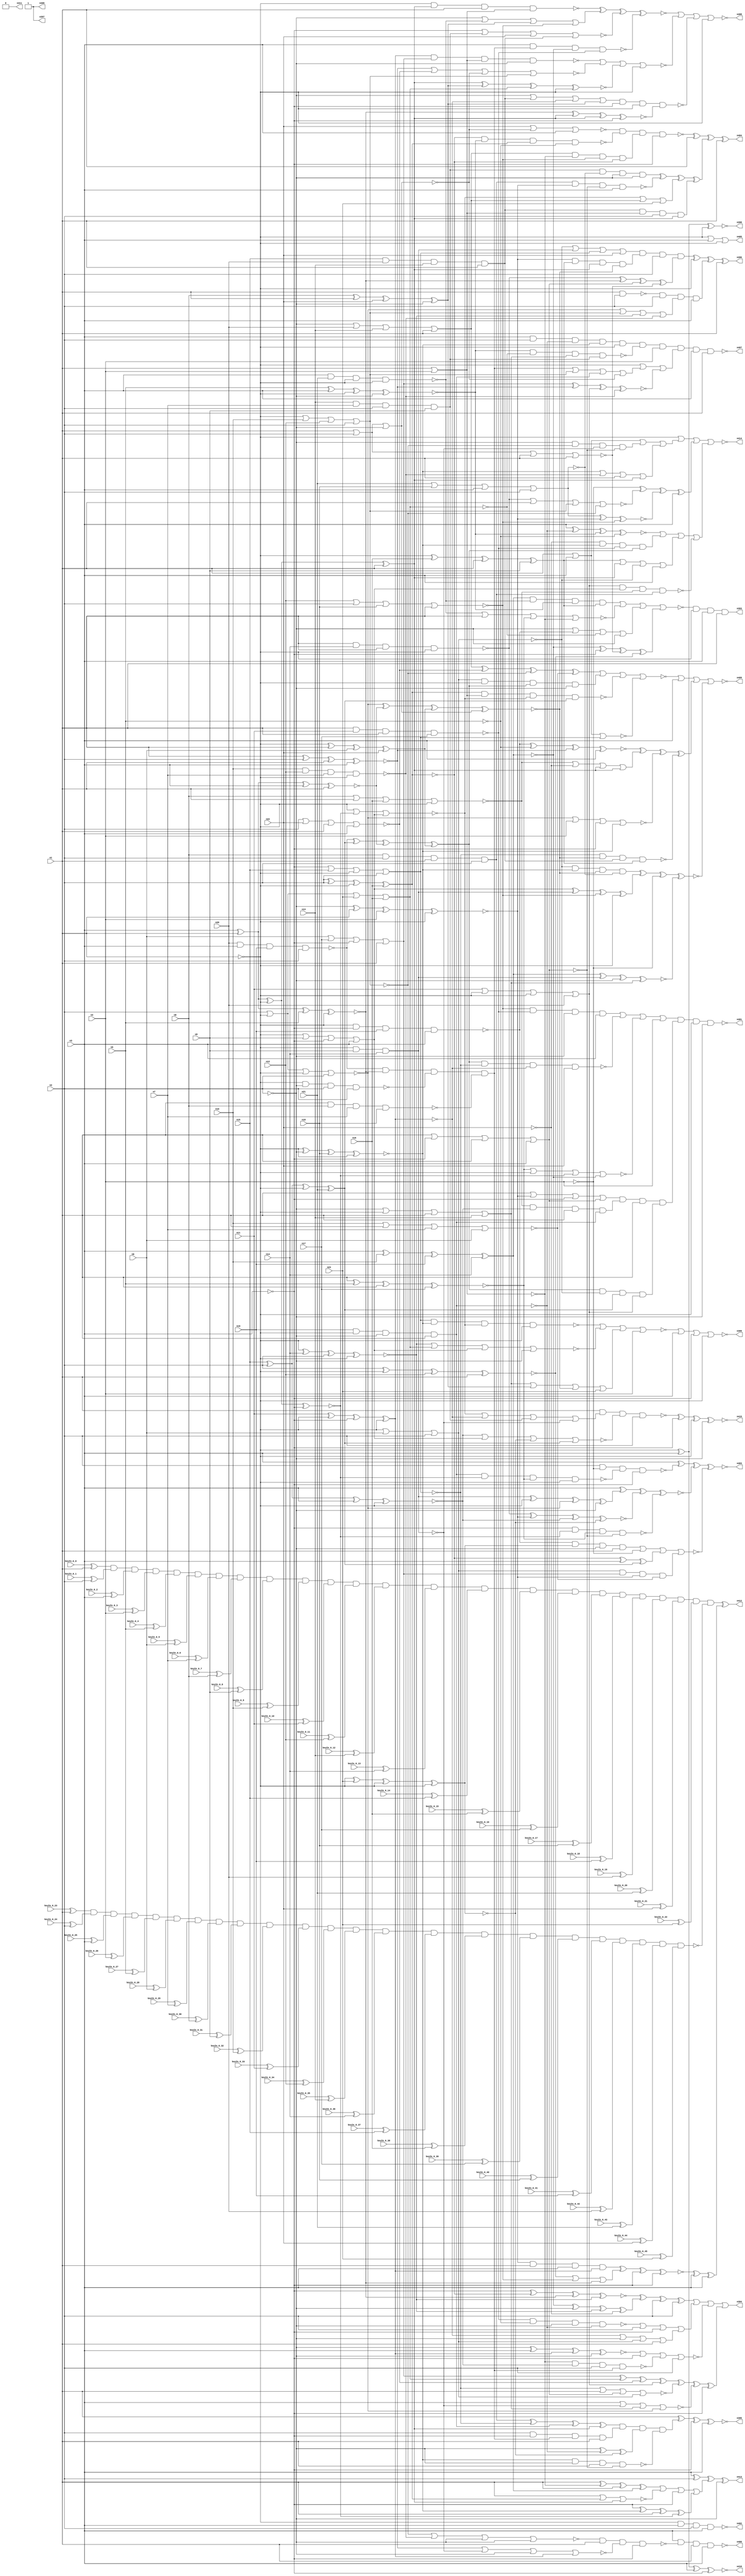


module Stat_392_937
(
  n1,
  n2,
  n3,
  n4,
  n5,
  n6,
  n7,
  n8,
  n9,
  n10,
  n11,
  n12,
  n13,
  n14,
  n15,
  n16,
  n17,
  n18,
  n19,
  n20,
  n21,
  n22,
  n23,
  n399,
  n403,
  n395,
  n396,
  n408,
  n397,
  n414,
  n405,
  n410,
  n398,
  n411,
  n413,
  n407,
  n400,
  n393,
  n409,
  n402,
  n415,
  n404,
  n401,
  n394,
  n412,
  n406,
  keyIn_0_0,
  keyIn_0_1,
  keyIn_0_2,
  keyIn_0_3,
  keyIn_0_4,
  keyIn_0_5,
  keyIn_0_6,
  keyIn_0_7,
  keyIn_0_8,
  keyIn_0_9,
  keyIn_0_10,
  keyIn_0_11,
  keyIn_0_12,
  keyIn_0_13,
  keyIn_0_14,
  keyIn_0_15,
  keyIn_0_16,
  keyIn_0_17,
  keyIn_0_18,
  keyIn_0_19,
  keyIn_0_20,
  keyIn_0_21,
  keyIn_0_22,
  keyIn_0_23,
  keyIn_0_24,
  keyIn_0_25,
  keyIn_0_26,
  keyIn_0_27,
  keyIn_0_28,
  keyIn_0_29,
  keyIn_0_30,
  keyIn_0_31,
  keyIn_0_32,
  keyIn_0_33,
  keyIn_0_34,
  keyIn_0_35,
  keyIn_0_36,
  keyIn_0_37,
  keyIn_0_38,
  keyIn_0_39,
  keyIn_0_40,
  keyIn_0_41,
  keyIn_0_42,
  keyIn_0_43,
  keyIn_0_44,
  keyIn_0_45
);

  input n1;input n2;input n3;input n4;input n5;input n6;input n7;input n8;input n9;input n10;input n11;input n12;input n13;input n14;input n15;input n16;input n17;input n18;input n19;input n20;input n21;input n22;input n23;input keyIn_0_0;input keyIn_0_1;input keyIn_0_2;input keyIn_0_3;input keyIn_0_4;input keyIn_0_5;input keyIn_0_6;input keyIn_0_7;input keyIn_0_8;input keyIn_0_9;input keyIn_0_10;input keyIn_0_11;input keyIn_0_12;input keyIn_0_13;input keyIn_0_14;input keyIn_0_15;input keyIn_0_16;input keyIn_0_17;input keyIn_0_18;input keyIn_0_19;input keyIn_0_20;input keyIn_0_21;input keyIn_0_22;input keyIn_0_23;input keyIn_0_24;input keyIn_0_25;input keyIn_0_26;input keyIn_0_27;input keyIn_0_28;input keyIn_0_29;input keyIn_0_30;input keyIn_0_31;input keyIn_0_32;input keyIn_0_33;input keyIn_0_34;input keyIn_0_35;input keyIn_0_36;input keyIn_0_37;input keyIn_0_38;input keyIn_0_39;input keyIn_0_40;input keyIn_0_41;input keyIn_0_42;input keyIn_0_43;input keyIn_0_44;input keyIn_0_45;
  output n399;output n403;output n395;output n396;output n408;output n397;output n414;output n405;output n410;output n398;output n411;output n413;output n407;output n400;output n393;output n409;output n402;output n415;output n404;output n401;output n394;output n412;output n406;
  wire n24;wire n25;wire n26;wire n27;wire n28;wire n29;wire n30;wire n31;wire n32;wire n33;wire n34;wire n35;wire n36;wire n37;wire n38;wire n39;wire n40;wire n41;wire n42;wire n43;wire n44;wire n45;wire n46;wire n47;wire n48;wire n49;wire n50;wire n51;wire n52;wire n53;wire n54;wire n55;wire n56;wire n57;wire n58;wire n59;wire n60;wire n61;wire n62;wire n63;wire n64;wire n65;wire n66;wire n67;wire n68;wire n69;wire n70;wire n71;wire n72;wire n73;wire n74;wire n75;wire n76;wire n77;wire n78;wire n79;wire n80;wire n81;wire n82;wire n83;wire n84;wire n85;wire n86;wire n87;wire n88;wire n89;wire n90;wire n91;wire n92;wire n93;wire n94;wire n95;wire n96;wire n97;wire n98;wire n99;wire n100;wire n101;wire n102;wire n103;wire n104;wire n105;wire n106;wire n107;wire n108;wire n109;wire n110;wire n111;wire n112;wire n113;wire n114;wire n115;wire n116;wire n117;wire n118;wire n119;wire n120;wire n121;wire n122;wire n123;wire n124;wire n125;wire n126;wire n127;wire n128;wire n129;wire n130;wire n131;wire n132;wire n133;wire n134;wire n135;wire n136;wire n137;wire n138;wire n139;wire n140;wire n141;wire n142;wire n143;wire n144;wire n145;wire n146;wire n147;wire n148;wire n149;wire n150;wire n151;wire n152;wire n153;wire n154;wire n155;wire n156;wire n157;wire n158;wire n159;wire n160;wire n161;wire n162;wire n163;wire n164;wire n165;wire n166;wire n167;wire n168;wire n169;wire n170;wire n171;wire n172;wire n173;wire n174;wire n175;wire n176;wire n177;wire n178;wire n179;wire n180;wire n181;wire n182;wire n183;wire n184;wire n185;wire n186;wire n187;wire n188;wire n189;wire n190;wire n191;wire n192;wire n193;wire n194;wire n195;wire n196;wire n197;wire n198;wire n199;wire n200;wire n201;wire n202;wire n203;wire n204;wire n205;wire n206;wire n207;wire n208;wire n209;wire n210;wire n211;wire n212;wire n213;wire n214;wire n215;wire n216;wire n217;wire n218;wire n219;wire n220;wire n221;wire n222;wire n223;wire n224;wire n225;wire n226;wire n227;wire n228;wire n229;wire n230;wire n231;wire n232;wire n233;wire n234;wire n235;wire n236;wire n237;wire n238;wire n239;wire n240;wire n241;wire n242;wire n243;wire n244;wire n245;wire n246;wire n247;wire n248;wire n249;wire n250;wire n251;wire n252;wire n253;wire n254;wire n255;wire n256;wire n257;wire n258;wire n259;wire n260;wire n261;wire n262;wire n263;wire n264;wire n265;wire n266;wire n267;wire n268;wire n269;wire n270;wire n271;wire n272;wire n273;wire n274;wire n275;wire n276;wire n277;wire n278;wire n279;wire n280;wire n281;wire n282;wire n283;wire n284;wire n285;wire n286;wire n287;wire n288;wire n289;wire n290;wire n291;wire n292;wire n293;wire n294;wire n295;wire n296;wire n297;wire n298;wire n299;wire n300;wire n301;wire n302;wire n303;wire n304;wire n305;wire n306;wire n307;wire n308;wire n309;wire n310;wire n311;wire n312;wire n313;wire n314;wire n315;wire n316;wire n317;wire n318;wire n319;wire n320;wire n321;wire n322;wire n323;wire n324;wire n325;wire n326;wire n327;wire n328;wire n329;wire n330;wire n331;wire n332;wire n333;wire n334;wire n335;wire n336;wire n337;wire n338;wire n339;wire n340;wire n341;wire n342;wire n343;wire n344;wire n345;wire n346;wire n347;wire n348;wire n349;wire n350;wire n351;wire n352;wire n353;wire n354;wire n355;wire n356;wire n357;wire n358;wire n359;wire n360;wire n361;wire n362;wire n363;wire n364;wire n365;wire n366;wire n367;wire n368;wire n369;wire n370;wire n371;wire n372;wire n373;wire n374;wire n375;wire n376;wire n377;wire n378;wire n379;wire n380;wire n381;wire n382;wire n383;wire n384;wire n385;wire n386;wire n387;wire n388;wire n389;wire n390;wire n391;wire n392;wire g_input_0_0;wire gbar_input_0_0;wire g_input_0_1;wire gbar_input_0_1;wire g_input_0_2;wire gbar_input_0_2;wire g_input_0_3;wire gbar_input_0_3;wire g_input_0_4;wire gbar_input_0_4;wire g_input_0_5;wire gbar_input_0_5;wire g_input_0_6;wire gbar_input_0_6;wire g_input_0_7;wire gbar_input_0_7;wire g_input_0_8;wire gbar_input_0_8;wire g_input_0_9;wire gbar_input_0_9;wire g_input_0_10;wire gbar_input_0_10;wire g_input_0_11;wire gbar_input_0_11;wire g_input_0_12;wire gbar_input_0_12;wire g_input_0_13;wire gbar_input_0_13;wire g_input_0_14;wire gbar_input_0_14;wire g_input_0_15;wire gbar_input_0_15;wire g_input_0_16;wire gbar_input_0_16;wire g_input_0_17;wire gbar_input_0_17;wire g_input_0_18;wire gbar_input_0_18;wire g_input_0_19;wire gbar_input_0_19;wire g_input_0_20;wire gbar_input_0_20;wire g_input_0_21;wire gbar_input_0_21;wire g_input_0_22;wire gbar_input_0_22;wire f_g_wire;wire f_gbar_wire;wire AntiSAT_output;

  not
  g0
  (
    n24,
    n1
  );


  not
  g1
  (
    n37,
    n4
  );


  not
  g2
  (
    n29,
    n2
  );


  not
  g3
  (
    n33,
    n2
  );


  buf
  g4
  (
    n25,
    n1
  );


  not
  g5
  (
    n30,
    n1
  );


  not
  g6
  (
    n36,
    n3
  );


  not
  g7
  (
    n26,
    n3
  );


  not
  g8
  (
    n32,
    n2
  );


  buf
  g9
  (
    n35,
    n4
  );


  buf
  g10
  (
    n34,
    n1
  );


  buf
  g11
  (
    n31,
    n3
  );


  buf
  g12
  (
    n27,
    n2
  );


  not
  g13
  (
    n28,
    n3
  );


  not
  g14
  (
    n50,
    n24
  );


  buf
  g15
  (
    n41,
    n29
  );


  buf
  g16
  (
    n59,
    n28
  );


  buf
  g17
  (
    n55,
    n27
  );


  buf
  g18
  (
    n42,
    n26
  );


  buf
  g19
  (
    n43,
    n25
  );


  buf
  g20
  (
    n48,
    n26
  );


  not
  g21
  (
    n58,
    n24
  );


  buf
  g22
  (
    n52,
    n29
  );


  buf
  g23
  (
    n57,
    n27
  );


  buf
  g24
  (
    n39,
    n24
  );


  buf
  g25
  (
    n46,
    n27
  );


  not
  g26
  (
    n44,
    n25
  );


  buf
  g27
  (
    n40,
    n24
  );


  buf
  g28
  (
    n45,
    n30
  );


  not
  g29
  (
    n38,
    n27
  );


  not
  g30
  (
    n53,
    n26
  );


  buf
  g31
  (
    n60,
    n25
  );


  buf
  g32
  (
    n56,
    n28
  );


  buf
  g33
  (
    n51,
    n29
  );


  not
  g34
  (
    n54,
    n26
  );


  not
  g35
  (
    n47,
    n28
  );


  buf
  g36
  (
    n61,
    n28
  );


  not
  g37
  (
    n62,
    n25
  );


  not
  g38
  (
    n49,
    n29
  );


  not
  g39
  (
    n75,
    n39
  );


  buf
  g40
  (
    n68,
    n45
  );


  not
  g41
  (
    n83,
    n40
  );


  not
  g42
  (
    n78,
    n41
  );


  buf
  g43
  (
    n73,
    n42
  );


  buf
  g44
  (
    n79,
    n46
  );


  buf
  g45
  (
    n66,
    n39
  );


  buf
  g46
  (
    n65,
    n38
  );


  not
  g47
  (
    n80,
    n42
  );


  buf
  g48
  (
    n76,
    n48
  );


  not
  g49
  (
    n64,
    n47
  );


  not
  g50
  (
    n71,
    n46
  );


  buf
  g51
  (
    n77,
    n45
  );


  not
  g52
  (
    n69,
    n43
  );


  not
  g53
  (
    n72,
    n43
  );


  buf
  g54
  (
    n70,
    n41
  );


  not
  g55
  (
    n82,
    n47
  );


  buf
  g56
  (
    n67,
    n44
  );


  buf
  g57
  (
    n74,
    n44
  );


  buf
  g58
  (
    n81,
    n48
  );


  not
  g59
  (
    n63,
    n40
  );


  buf
  g60
  (
    n105,
    n71
  );


  buf
  g61
  (
    n136,
    n63
  );


  not
  g62
  (
    n107,
    n70
  );


  buf
  g63
  (
    n93,
    n65
  );


  buf
  g64
  (
    n91,
    n63
  );


  buf
  g65
  (
    n114,
    n75
  );


  not
  g66
  (
    n87,
    n76
  );


  buf
  g67
  (
    n96,
    n69
  );


  not
  g68
  (
    n89,
    n68
  );


  not
  g69
  (
    n110,
    n68
  );


  not
  g70
  (
    n137,
    n71
  );


  not
  g71
  (
    n104,
    n74
  );


  not
  g72
  (
    n102,
    n64
  );


  not
  g73
  (
    n113,
    n65
  );


  buf
  g74
  (
    n116,
    n73
  );


  buf
  g75
  (
    n126,
    n66
  );


  not
  g76
  (
    n106,
    n67
  );


  not
  g77
  (
    n88,
    n70
  );


  buf
  g78
  (
    n123,
    n75
  );


  buf
  g79
  (
    n86,
    n70
  );


  buf
  g80
  (
    n98,
    n69
  );


  buf
  g81
  (
    n109,
    n74
  );


  not
  g82
  (
    n131,
    n69
  );


  buf
  g83
  (
    n128,
    n66
  );


  not
  g84
  (
    n135,
    n75
  );


  not
  g85
  (
    n118,
    n63
  );


  not
  g86
  (
    n108,
    n72
  );


  buf
  g87
  (
    n115,
    n72
  );


  not
  g88
  (
    n85,
    n74
  );


  buf
  g89
  (
    n99,
    n74
  );


  not
  g90
  (
    n133,
    n64
  );


  not
  g91
  (
    n117,
    n63
  );


  not
  g92
  (
    n125,
    n76
  );


  not
  g93
  (
    n132,
    n72
  );


  buf
  g94
  (
    n122,
    n69
  );


  buf
  g95
  (
    n95,
    n72
  );


  not
  g96
  (
    n134,
    n73
  );


  buf
  g97
  (
    n121,
    n75
  );


  buf
  g98
  (
    n97,
    n67
  );


  not
  g99
  (
    n101,
    n70
  );


  not
  g100
  (
    n90,
    n71
  );


  buf
  g101
  (
    n103,
    n67
  );


  buf
  g102
  (
    n130,
    n76
  );


  not
  g103
  (
    n111,
    n68
  );


  buf
  g104
  (
    n139,
    n65
  );


  buf
  g105
  (
    n129,
    n67
  );


  not
  g106
  (
    n127,
    n73
  );


  not
  g107
  (
    n120,
    n71
  );


  buf
  g108
  (
    n84,
    n68
  );


  not
  g109
  (
    n92,
    n73
  );


  buf
  g110
  (
    n119,
    n66
  );


  not
  g111
  (
    n112,
    n66
  );


  not
  g112
  (
    n94,
    n76
  );


  not
  g113
  (
    n100,
    n65
  );


  not
  g114
  (
    n138,
    n64
  );


  buf
  g115
  (
    n124,
    n64
  );


  not
  g116
  (
    n199,
    n116
  );


  not
  g117
  (
    n183,
    n96
  );


  not
  g118
  (
    n181,
    n111
  );


  not
  g119
  (
    n155,
    n22
  );


  not
  g120
  (
    n141,
    n84
  );


  buf
  g121
  (
    n158,
    n125
  );


  buf
  g122
  (
    n178,
    n86
  );


  not
  g123
  (
    n184,
    n101
  );


  not
  g124
  (
    n210,
    n5
  );


  not
  g125
  (
    n145,
    n112
  );


  not
  g126
  (
    n186,
    n100
  );


  buf
  g127
  (
    n177,
    n118
  );


  not
  g128
  (
    n148,
    n90
  );


  not
  g129
  (
    n195,
    n115
  );


  and
  g130
  (
    n176,
    n95,
    n112,
    n11,
    n86
  );


  nor
  g131
  (
    n206,
    n120,
    n22,
    n121,
    n92
  );


  nor
  g132
  (
    n157,
    n110,
    n116,
    n106,
    n92
  );


  xnor
  g133
  (
    n191,
    n84,
    n14,
    n113,
    n115
  );


  nor
  g134
  (
    n179,
    n85,
    n113,
    n104,
    n110
  );


  nor
  g135
  (
    n156,
    n12,
    n120,
    n18,
    n104
  );


  nor
  g136
  (
    n162,
    n115,
    n10,
    n12,
    n101
  );


  nand
  g137
  (
    n147,
    n119,
    n93,
    n90,
    n100
  );


  nand
  g138
  (
    n182,
    n102,
    n21,
    n119,
    n118
  );


  xnor
  g139
  (
    n154,
    n125,
    n114,
    n5,
    n97
  );


  xor
  g140
  (
    n149,
    n15,
    n113,
    n122,
    n21
  );


  nand
  g141
  (
    n205,
    n10,
    n12,
    n7,
    n95
  );


  xnor
  g142
  (
    n173,
    n87,
    n10,
    n19,
    n14
  );


  xnor
  g143
  (
    n172,
    n98,
    n86,
    n18,
    n95
  );


  xnor
  g144
  (
    n152,
    n85,
    n102,
    n98,
    n124
  );


  or
  g145
  (
    n194,
    n93,
    n20,
    n13,
    n89
  );


  xnor
  g146
  (
    n207,
    n5,
    n94,
    n95,
    n86
  );


  nand
  g147
  (
    n203,
    n123,
    n14,
    n104,
    n119
  );


  xor
  g148
  (
    n165,
    n11,
    n122,
    n124,
    n109
  );


  xor
  g149
  (
    n200,
    n8,
    n104,
    n22,
    n93
  );


  nor
  g150
  (
    n174,
    n90,
    n119,
    n109,
    n107
  );


  nor
  g151
  (
    n167,
    n121,
    n85,
    n108,
    n4
  );


  xor
  g152
  (
    n202,
    n106,
    n102,
    n96,
    n89
  );


  or
  g153
  (
    n185,
    n6,
    n17,
    n124,
    n111
  );


  xnor
  g154
  (
    n159,
    n114,
    n102,
    n92,
    n108
  );


  or
  g155
  (
    n196,
    n121,
    n84,
    n93,
    n17
  );


  nor
  g156
  (
    n198,
    n21,
    n18,
    n94,
    n88
  );


  xor
  g157
  (
    n169,
    n117,
    n112,
    n6,
    n22
  );


  nand
  g158
  (
    n146,
    n8,
    n88,
    n106,
    n107
  );


  nor
  g159
  (
    n144,
    n105,
    n96,
    n111,
    n13
  );


  xnor
  g160
  (
    n201,
    n88,
    n15,
    n87,
    n97
  );


  xor
  g161
  (
    n175,
    n113,
    n120,
    n122,
    n16
  );


  nand
  g162
  (
    n142,
    n108,
    n8,
    n7,
    n18
  );


  xnor
  g163
  (
    n153,
    n111,
    n94,
    n96,
    n91
  );


  and
  g164
  (
    n190,
    n13,
    n7,
    n100,
    n9
  );


  nor
  g165
  (
    n150,
    n84,
    n109,
    n6,
    n100
  );


  xnor
  g166
  (
    n197,
    n91,
    n5,
    n121,
    n17
  );


  and
  g167
  (
    n192,
    n123,
    n99,
    n98,
    n21
  );


  or
  g168
  (
    n168,
    n124,
    n15,
    n103,
    n90
  );


  nor
  g169
  (
    n204,
    n8,
    n108,
    n16,
    n103
  );


  and
  g170
  (
    n143,
    n15,
    n20,
    n13,
    n114
  );


  nand
  g171
  (
    n160,
    n20,
    n94,
    n19,
    n120
  );


  nand
  g172
  (
    n193,
    n91,
    n11,
    n110,
    n17
  );


  xor
  g173
  (
    n208,
    n122,
    n16,
    n106,
    n9
  );


  xnor
  g174
  (
    n189,
    n107,
    n97,
    n12,
    n89
  );


  nor
  g175
  (
    n166,
    n101,
    n99,
    n23,
    n16
  );


  or
  g176
  (
    n171,
    n117,
    n9,
    n116,
    n92
  );


  or
  g177
  (
    n161,
    n114,
    n123,
    n101,
    n105
  );


  and
  g178
  (
    n151,
    n19,
    n118,
    n105,
    n112
  );


  and
  g179
  (
    n163,
    n103,
    n118,
    n9,
    n14
  );


  nand
  g180
  (
    n209,
    n117,
    n116,
    n19,
    n87
  );


  xnor
  g181
  (
    n187,
    n110,
    n88,
    n91,
    n87
  );


  nor
  g182
  (
    n180,
    n10,
    n89,
    n7,
    n6
  );


  xnor
  g183
  (
    n170,
    n109,
    n23,
    n115,
    n117
  );


  or
  g184
  (
    n188,
    n11,
    n103,
    n99,
    n20
  );


  nor
  g185
  (
    n140,
    n98,
    n85,
    n97,
    n107
  );


  xor
  g186
  (
    n164,
    n105,
    n123,
    n4,
    n99
  );


  buf
  g187
  (
    n259,
    n162
  );


  not
  g188
  (
    n223,
    n158
  );


  buf
  g189
  (
    n219,
    n156
  );


  not
  g190
  (
    n231,
    n153
  );


  not
  g191
  (
    n220,
    n166
  );


  not
  g192
  (
    n255,
    n153
  );


  not
  g193
  (
    n243,
    n164
  );


  buf
  g194
  (
    n237,
    n156
  );


  not
  g195
  (
    n236,
    n165
  );


  not
  g196
  (
    n214,
    n151
  );


  not
  g197
  (
    n215,
    n163
  );


  not
  g198
  (
    n252,
    n144
  );


  buf
  g199
  (
    n249,
    n171
  );


  buf
  g200
  (
    n253,
    n174
  );


  buf
  g201
  (
    n212,
    n167
  );


  not
  g202
  (
    n230,
    n168
  );


  buf
  g203
  (
    n225,
    n150
  );


  buf
  g204
  (
    n216,
    n172
  );


  buf
  g205
  (
    n261,
    n157
  );


  not
  g206
  (
    n222,
    n162
  );


  buf
  g207
  (
    n227,
    n152
  );


  not
  g208
  (
    n257,
    n164
  );


  not
  g209
  (
    n256,
    n155
  );


  buf
  g210
  (
    n260,
    n166
  );


  buf
  g211
  (
    n244,
    n170
  );


  buf
  g212
  (
    n213,
    n168
  );


  buf
  g213
  (
    n238,
    n165
  );


  buf
  g214
  (
    n258,
    n163
  );


  not
  g215
  (
    n226,
    n167
  );


  not
  g216
  (
    n228,
    n150
  );


  not
  g217
  (
    n248,
    n157
  );


  not
  g218
  (
    n232,
    n161
  );


  buf
  g219
  (
    n239,
    n148
  );


  buf
  g220
  (
    n240,
    n155
  );


  buf
  g221
  (
    n224,
    n149
  );


  buf
  g222
  (
    n221,
    n154
  );


  buf
  g223
  (
    n241,
    n175
  );


  buf
  g224
  (
    n229,
    n151
  );


  not
  g225
  (
    n235,
    n175
  );


  not
  g226
  (
    n211,
    n170
  );


  buf
  g227
  (
    n246,
    n176
  );


  buf
  g228
  (
    n254,
    n141
  );


  buf
  g229
  (
    n217,
    n158
  );


  buf
  g230
  (
    n262,
    n143
  );


  buf
  g231
  (
    n247,
    n172
  );


  not
  g232
  (
    n251,
    n173
  );


  not
  g233
  (
    n245,
    n146
  );


  buf
  g234
  (
    n242,
    n173
  );


  xnor
  g235
  (
    n233,
    n174,
    n159,
    n169,
    n161
  );


  xor
  g236
  (
    n218,
    n160,
    n149,
    n159,
    n169
  );


  and
  g237
  (
    n250,
    n160,
    n154,
    n147,
    n142
  );


  nor
  g238
  (
    n234,
    n145,
    n152,
    n140,
    n171
  );


  or
  g239
  (
    n315,
    n208,
    n202,
    n225,
    n199
  );


  nand
  g240
  (
    n299,
    n229,
    n227,
    n197,
    n177
  );


  and
  g241
  (
    n331,
    n204,
    n201,
    n254,
    n229
  );


  or
  g242
  (
    n302,
    n204,
    n240,
    n202,
    n255
  );


  nand
  g243
  (
    n274,
    n207,
    n260,
    n252,
    n190
  );


  nand
  g244
  (
    n319,
    n218,
    n230,
    n236,
    n256
  );


  nor
  g245
  (
    n291,
    n183,
    n241,
    n255,
    n246
  );


  nor
  g246
  (
    n306,
    n199,
    n215,
    n252,
    n253
  );


  xor
  g247
  (
    n280,
    n194,
    n206,
    n259,
    n180
  );


  or
  g248
  (
    n344,
    n33,
    n182,
    n200,
    n219
  );


  and
  g249
  (
    n263,
    n228,
    n185,
    n243,
    n180
  );


  nand
  g250
  (
    n296,
    n254,
    n254,
    n49,
    n196
  );


  or
  g251
  (
    n316,
    n225,
    n258,
    n213,
    n256
  );


  nor
  g252
  (
    n339,
    n203,
    n58,
    n222,
    n259
  );


  xor
  g253
  (
    n286,
    n235,
    n217,
    n176,
    n224
  );


  nand
  g254
  (
    n295,
    n230,
    n233,
    n262,
    n208
  );


  xor
  g255
  (
    n334,
    n223,
    n216,
    n183,
    n227
  );


  xnor
  g256
  (
    n325,
    n209,
    n210,
    n187,
    n217
  );


  or
  g257
  (
    n345,
    n247,
    n205,
    n34,
    n202
  );


  or
  g258
  (
    n271,
    n236,
    n52,
    n228,
    n50
  );


  nand
  g259
  (
    n355,
    n238,
    n185,
    n226,
    n178
  );


  xor
  g260
  (
    n288,
    n232,
    n57,
    n33,
    n240
  );


  nand
  g261
  (
    n273,
    n213,
    n216,
    n234,
    n30
  );


  nor
  g262
  (
    n303,
    n245,
    n178,
    n181,
    n220
  );


  nor
  g263
  (
    n323,
    n230,
    n195,
    n248,
    n228
  );


  nor
  g264
  (
    n298,
    n62,
    n246,
    n60,
    n204
  );


  xor
  g265
  (
    n264,
    n203,
    n221,
    n248,
    n179
  );


  xnor
  g266
  (
    n292,
    n196,
    n198,
    n257,
    n237
  );


  and
  g267
  (
    n324,
    n257,
    n195,
    n53,
    n238
  );


  xnor
  g268
  (
    n279,
    n211,
    n198,
    n53,
    n260
  );


  and
  g269
  (
    n352,
    n190,
    n198,
    n33,
    n32
  );


  xor
  g270
  (
    n276,
    n249,
    n258,
    n219,
    n177
  );


  xnor
  g271
  (
    n275,
    n251,
    n258,
    n32,
    n252
  );


  nand
  g272
  (
    n332,
    n193,
    n210,
    n239,
    n214
  );


  and
  g273
  (
    n343,
    n237,
    n193,
    n52,
    n31
  );


  xnor
  g274
  (
    n349,
    n199,
    n214,
    n207,
    n210
  );


  and
  g275
  (
    n267,
    n184,
    n259,
    n215,
    n261
  );


  nor
  g276
  (
    n317,
    n197,
    n30,
    n227,
    n242
  );


  or
  g277
  (
    n353,
    n250,
    n222,
    n229,
    n232
  );


  xnor
  g278
  (
    n328,
    n59,
    n235,
    n221,
    n191
  );


  nor
  g279
  (
    n351,
    n187,
    n215,
    n186,
    n238
  );


  nand
  g280
  (
    n341,
    n54,
    n250,
    n242,
    n193
  );


  and
  g281
  (
    n300,
    n225,
    n247,
    n233,
    n198
  );


  and
  g282
  (
    n333,
    n219,
    n251,
    n246,
    n248
  );


  nand
  g283
  (
    n304,
    n245,
    n243,
    n261,
    n31
  );


  nor
  g284
  (
    n294,
    n182,
    n34,
    n197,
    n212
  );


  or
  g285
  (
    n322,
    n234,
    n236,
    n190,
    n215
  );


  nor
  g286
  (
    n283,
    n253,
    n35,
    n61,
    n216
  );


  or
  g287
  (
    n270,
    n184,
    n209,
    n260,
    n186
  );


  or
  g288
  (
    n312,
    n192,
    n234,
    n194,
    n23
  );


  nand
  g289
  (
    n301,
    n235,
    n207,
    n241,
    n210
  );


  xnor
  g290
  (
    n313,
    n254,
    n194,
    n196,
    n244
  );


  xor
  g291
  (
    n342,
    n245,
    n230,
    n229,
    n255
  );


  xor
  g292
  (
    n284,
    n239,
    n214,
    n244,
    n192
  );


  and
  g293
  (
    n268,
    n257,
    n208,
    n255,
    n233
  );


  or
  g294
  (
    n307,
    n189,
    n189,
    n219,
    n221
  );


  nand
  g295
  (
    n277,
    n61,
    n227,
    n197,
    n261
  );


  xnor
  g296
  (
    n290,
    n231,
    n200,
    n220,
    n30
  );


  xnor
  g297
  (
    n348,
    n221,
    n202,
    n231,
    n56
  );


  xnor
  g298
  (
    n272,
    n32,
    n31,
    n238,
    n239
  );


  and
  g299
  (
    n326,
    n54,
    n223,
    n182,
    n257
  );


  nor
  g300
  (
    n356,
    n192,
    n256,
    n232,
    n199
  );


  nand
  g301
  (
    n338,
    n188,
    n249,
    n204,
    n245
  );


  nand
  g302
  (
    n309,
    n212,
    n201,
    n49,
    n250
  );


  xor
  g303
  (
    n269,
    n50,
    n212,
    n183,
    n251
  );


  xnor
  g304
  (
    n327,
    n185,
    n187,
    n188,
    n205
  );


  or
  g305
  (
    n311,
    n253,
    n222,
    n191,
    n205
  );


  and
  g306
  (
    n285,
    n218,
    n225,
    n224,
    n188
  );


  or
  g307
  (
    n308,
    n195,
    n243,
    n59,
    n248
  );


  and
  g308
  (
    n310,
    n240,
    n247,
    n193,
    n218
  );


  and
  g309
  (
    n337,
    n251,
    n182,
    n207,
    n208
  );


  nand
  g310
  (
    n318,
    n241,
    n226,
    n234,
    n224
  );


  and
  g311
  (
    n346,
    n31,
    n55,
    n214,
    n216
  );


  nor
  g312
  (
    n314,
    n223,
    n190,
    n256,
    n262
  );


  nand
  g313
  (
    n329,
    n247,
    n51,
    n60,
    n261
  );


  or
  g314
  (
    n297,
    n184,
    n262,
    n236,
    n200
  );


  xor
  g315
  (
    n320,
    n258,
    n181,
    n253,
    n239
  );


  and
  g316
  (
    n278,
    n246,
    n189,
    n58,
    n213
  );


  xor
  g317
  (
    n350,
    n185,
    n220,
    n206,
    n188
  );


  xnor
  g318
  (
    n335,
    n206,
    n241,
    n209,
    n203
  );


  and
  g319
  (
    n357,
    n194,
    n212,
    n237,
    n235
  );


  nor
  g320
  (
    n347,
    n183,
    n217,
    n213
  );


  xnor
  g321
  (
    n266,
    n203,
    n243,
    n201,
    n244
  );


  and
  g322
  (
    n293,
    n262,
    n226,
    n55,
    n231
  );


  nor
  g323
  (
    n358,
    n201,
    n249,
    n244,
    n224
  );


  nor
  g324
  (
    n282,
    n191,
    n220,
    n249,
    n184
  );


  xnor
  g325
  (
    n336,
    n192,
    n260,
    n237,
    n196
  );


  xor
  g326
  (
    n265,
    n242,
    n223,
    n179,
    n189
  );


  nor
  g327
  (
    n281,
    n259,
    n205,
    n51,
    n186
  );


  and
  g328
  (
    n330,
    n57,
    n56,
    n250,
    n195
  );


  nor
  g329
  (
    n340,
    n187,
    n206,
    n232,
    n222
  );


  and
  g330
  (
    n321,
    n209,
    n211,
    n33,
    n34
  );


  and
  g331
  (
    n354,
    n228,
    n181,
    n218,
    n32
  );


  or
  g332
  (
    n287,
    n252,
    n200,
    n233,
    n23
  );


  xor
  g333
  (
    n305,
    n242,
    n186,
    n191,
    n240
  );


  nand
  g334
  (
    n289,
    n181,
    n231,
    n34,
    n226
  );


  nor
  g335
  (
    n380,
    n355,
    n340,
    n290,
    n62
  );


  nand
  g336
  (
    n373,
    n281,
    n83,
    n351,
    n36
  );


  or
  g337
  (
    n364,
    n343,
    n319,
    n317,
    n35
  );


  nor
  g338
  (
    n377,
    n273,
    n282,
    n287,
    n35
  );


  xor
  g339
  (
    n367,
    n350,
    n323,
    n306,
    n81
  );


  xor
  g340
  (
    n387,
    n325,
    n302,
    n283,
    n295
  );


  nand
  g341
  (
    n362,
    n298,
    n313,
    n336,
    n288
  );


  xnor
  g342
  (
    n389,
    n324,
    n307,
    n81,
    n82
  );


  or
  g343
  (
    n375,
    n80,
    n83,
    n267,
    n345
  );


  nor
  g344
  (
    n392,
    n321,
    n37,
    n286,
    n263
  );


  xnor
  g345
  (
    n388,
    n80,
    n320,
    n266,
    n277
  );


  nand
  g346
  (
    n383,
    n356,
    n301,
    n357,
    n82
  );


  xor
  g347
  (
    n363,
    n352,
    n304,
    n312,
    n293
  );


  nor
  g348
  (
    n365,
    n272,
    n36,
    n309,
    n78
  );


  xor
  g349
  (
    n374,
    n82,
    n81,
    n303,
    n326
  );


  and
  g350
  (
    n390,
    n308,
    n331,
    n83,
    n285
  );


  xnor
  g351
  (
    n384,
    n289,
    n344,
    n314,
    n341
  );


  nor
  g352
  (
    n391,
    n280,
    n354,
    n318,
    n347
  );


  and
  g353
  (
    n376,
    n316,
    n268,
    n78,
    n264
  );


  or
  g354
  (
    n368,
    n77,
    n333,
    n353,
    n327
  );


  and
  g355
  (
    n359,
    n346,
    n77,
    n274,
    n35
  );


  xor
  g356
  (
    n360,
    n37,
    n339,
    n292,
    n80
  );


  nand
  g357
  (
    n382,
    n335,
    n279,
    n77,
    n278
  );


  nand
  g358
  (
    n371,
    n83,
    n322,
    n358,
    n79
  );


  nand
  g359
  (
    n370,
    n79,
    n37,
    n299,
    n82
  );


  xnor
  g360
  (
    n372,
    n300,
    n276,
    n37,
    n275
  );


  or
  g361
  (
    n385,
    n349,
    n310,
    n315,
    n338
  );


  xor
  g362
  (
    n379,
    n328,
    n305,
    n79,
    n78
  );


  and
  g363
  (
    n381,
    n296,
    n79,
    n311,
    n80
  );


  nand
  g364
  (
    n369,
    n297,
    n36,
    n77,
    n348
  );


  nor
  g365
  (
    n366,
    n337,
    n294,
    n270,
    n265
  );


  or
  g366
  (
    n361,
    n269,
    n291,
    n81,
    n334
  );


  or
  g367
  (
    n386,
    n332,
    n78,
    n36,
    n271
  );


  and
  g368
  (
    n378,
    n342,
    n330,
    n284,
    n329
  );


  and
  g369
  (
    n411,
    n129,
    n132,
    n374
  );


  nor
  g370
  (
    n399,
    n377,
    n133,
    n130,
    n135
  );


  xnor
  g371
  (
    n415,
    n371,
    n130,
    n135,
    n139
  );


  or
  g372
  (
    n397,
    n128,
    n131,
    n137
  );


  nor
  g373
  (
    n414,
    n135,
    n375,
    n360,
    n385
  );


  or
  g374
  (
    n405,
    n128,
    n128,
    n138,
    n129
  );


  xnor
  g375
  (
    n398,
    n132,
    n362,
    n134,
    n126
  );


  nor
  g376
  (
    n408,
    n384,
    n380,
    n369,
    n129
  );


  nand
  g377
  (
    n401,
    n364,
    n390,
    n135,
    n139
  );


  nand
  g378
  (
    n407,
    n359,
    n368,
    n125,
    n131
  );


  nand
  g379
  (
    n400,
    n125,
    n373,
    n131,
    n138
  );


  or
  g380
  (
    n394,
    n379,
    n386,
    n365,
    n367
  );


  xor
  g381
  (
    n413,
    n134,
    n137,
    n361,
    n139
  );


  xnor
  g382
  (
    n403,
    n127,
    n370,
    n388,
    n392
  );


  or
  g383
  (
    n406,
    n139,
    n126,
    n382,
    n137
  );


  nor
  g384
  (
    n409,
    n391,
    n133,
    n387,
    n372
  );


  xnor
  g385
  (
    n410,
    n126,
    n127,
    n133,
    n130
  );


  xnor
  g386
  (
    n395,
    n136,
    n378,
    n130,
    n138
  );


  xor
  g387
  (
    AntiSAT_key_wire,
    n389,
    n134,
    n127
  );


  and
  g388
  (
    n393,
    n366,
    n128,
    n127,
    n136
  );


  nand
  g389
  (
    n402,
    n126,
    n133,
    n137,
    n138
  );


  xor
  g390
  (
    n404,
    n383,
    n132,
    n363,
    n136
  );


  xor
  g391
  (
    n396,
    n376,
    n129,
    n381,
    n136
  );


  xor
  KeyPIGate_0_0
  (
    g_input_0_0,
    keyIn_0_0,
    n1
  );


  xor
  KeyPIGate_0_23
  (
    gbar_input_0_0,
    keyIn_0_23,
    n1
  );


  xor
  KeyPIGate_0_1
  (
    g_input_0_1,
    keyIn_0_1,
    n2
  );


  xor
  KeyPIGate_0_24
  (
    gbar_input_0_1,
    keyIn_0_24,
    n2
  );


  xor
  KeyPIGate_0_2
  (
    g_input_0_2,
    keyIn_0_2,
    n3
  );


  xor
  KeyPIGate_0_25
  (
    gbar_input_0_2,
    keyIn_0_25,
    n3
  );


  xor
  KeyPIGate_0_3
  (
    g_input_0_3,
    keyIn_0_3,
    n4
  );


  xor
  KeyPIGate_0_26
  (
    gbar_input_0_3,
    keyIn_0_26,
    n4
  );


  xor
  KeyPIGate_0_4
  (
    g_input_0_4,
    keyIn_0_4,
    n5
  );


  xor
  KeyPIGate_0_27
  (
    gbar_input_0_4,
    keyIn_0_27,
    n5
  );


  xor
  KeyPIGate_0_5
  (
    g_input_0_5,
    keyIn_0_5,
    n6
  );


  xor
  KeyPIGate_0_28
  (
    gbar_input_0_5,
    keyIn_0_28,
    n6
  );


  xor
  KeyPIGate_0_6
  (
    g_input_0_6,
    keyIn_0_6,
    n7
  );


  xor
  KeyPIGate_0_29
  (
    gbar_input_0_6,
    keyIn_0_29,
    n7
  );


  xor
  KeyPIGate_0_7
  (
    g_input_0_7,
    keyIn_0_7,
    n8
  );


  xor
  KeyPIGate_0_30
  (
    gbar_input_0_7,
    keyIn_0_30,
    n8
  );


  xor
  KeyPIGate_0_8
  (
    g_input_0_8,
    keyIn_0_8,
    n9
  );


  xor
  KeyPIGate_0_31
  (
    gbar_input_0_8,
    keyIn_0_31,
    n9
  );


  xor
  KeyPIGate_0_9
  (
    g_input_0_9,
    keyIn_0_9,
    n10
  );


  xor
  KeyPIGate_0_32
  (
    gbar_input_0_9,
    keyIn_0_32,
    n10
  );


  xor
  KeyPIGate_0_10
  (
    g_input_0_10,
    keyIn_0_10,
    n11
  );


  xor
  KeyPIGate_0_33
  (
    gbar_input_0_10,
    keyIn_0_33,
    n11
  );


  xor
  KeyPIGate_0_11
  (
    g_input_0_11,
    keyIn_0_11,
    n12
  );


  xor
  KeyPIGate_0_34
  (
    gbar_input_0_11,
    keyIn_0_34,
    n12
  );


  xor
  KeyPIGate_0_12
  (
    g_input_0_12,
    keyIn_0_12,
    n13
  );


  xor
  KeyPIGate_0_35
  (
    gbar_input_0_12,
    keyIn_0_35,
    n13
  );


  xor
  KeyPIGate_0_13
  (
    g_input_0_13,
    keyIn_0_13,
    n14
  );


  xor
  KeyPIGate_0_36
  (
    gbar_input_0_13,
    keyIn_0_36,
    n14
  );


  xor
  KeyPIGate_0_14
  (
    g_input_0_14,
    keyIn_0_14,
    n15
  );


  xor
  KeyPIGate_0_37
  (
    gbar_input_0_14,
    keyIn_0_37,
    n15
  );


  xor
  KeyPIGate_0_15
  (
    g_input_0_15,
    keyIn_0_15,
    n16
  );


  xor
  KeyPIGate_0_38
  (
    gbar_input_0_15,
    keyIn_0_38,
    n16
  );


  xor
  KeyPIGate_0_16
  (
    g_input_0_16,
    keyIn_0_16,
    n17
  );


  xor
  KeyPIGate_0_39
  (
    gbar_input_0_16,
    keyIn_0_39,
    n17
  );


  xor
  KeyPIGate_0_17
  (
    g_input_0_17,
    keyIn_0_17,
    n18
  );


  xor
  KeyPIGate_0_40
  (
    gbar_input_0_17,
    keyIn_0_40,
    n18
  );


  xor
  KeyPIGate_0_18
  (
    g_input_0_18,
    keyIn_0_18,
    n19
  );


  xor
  KeyPIGate_0_41
  (
    gbar_input_0_18,
    keyIn_0_41,
    n19
  );


  xor
  KeyPIGate_0_19
  (
    g_input_0_19,
    keyIn_0_19,
    n20
  );


  xor
  KeyPIGate_0_42
  (
    gbar_input_0_19,
    keyIn_0_42,
    n20
  );


  xor
  KeyPIGate_0_20
  (
    g_input_0_20,
    keyIn_0_20,
    n21
  );


  xor
  KeyPIGate_0_43
  (
    gbar_input_0_20,
    keyIn_0_43,
    n21
  );


  xor
  KeyPIGate_0_21
  (
    g_input_0_21,
    keyIn_0_21,
    n22
  );


  xor
  KeyPIGate_0_44
  (
    gbar_input_0_21,
    keyIn_0_44,
    n22
  );


  xor
  KeyPIGate_0_22
  (
    g_input_0_22,
    keyIn_0_22,
    n23
  );


  xor
  KeyPIGate_0_45
  (
    gbar_input_0_22,
    keyIn_0_45,
    n23
  );


  and
  f_g
  (
    f_g_wire,
    g_input_0_0,
    g_input_0_1,
    g_input_0_2,
    g_input_0_3,
    g_input_0_4,
    g_input_0_5,
    g_input_0_6,
    g_input_0_7,
    g_input_0_8,
    g_input_0_9,
    g_input_0_10,
    g_input_0_11,
    g_input_0_12,
    g_input_0_13,
    g_input_0_14,
    g_input_0_15,
    g_input_0_16,
    g_input_0_17,
    g_input_0_18,
    g_input_0_19,
    g_input_0_20,
    g_input_0_21,
    g_input_0_22
  );


  nand
  f_gbar
  (
    f_gbar_wire,
    gbar_input_0_0,
    gbar_input_0_1,
    gbar_input_0_2,
    gbar_input_0_3,
    gbar_input_0_4,
    gbar_input_0_5,
    gbar_input_0_6,
    gbar_input_0_7,
    gbar_input_0_8,
    gbar_input_0_9,
    gbar_input_0_10,
    gbar_input_0_11,
    gbar_input_0_12,
    gbar_input_0_13,
    gbar_input_0_14,
    gbar_input_0_15,
    gbar_input_0_16,
    gbar_input_0_17,
    gbar_input_0_18,
    gbar_input_0_19,
    gbar_input_0_20,
    gbar_input_0_21,
    gbar_input_0_22
  );


  and
  G
  (
    AntiSAT_output,
    f_g_wire,
    f_gbar_wire
  );


  xor
  flip_it
  (
    n412,
    AntiSAT_output,
    AntiSAT_key_wire
  );


endmodule